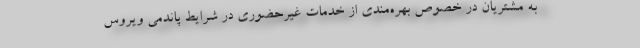
به مشتریان در خصوص بهره‌مندی از خدمات غیرحضوری در شرایط پاندمی ویروس